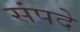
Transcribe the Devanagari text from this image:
संपदे